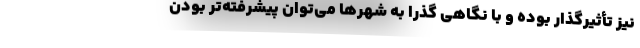
نیز تأثیرگذار بوده و با نگاهی گذرا به شهرها می‌توان پیشرفته‌تر بودن